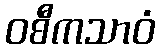
ဝစီကသာဝံ